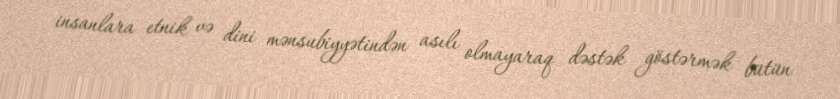
insanlara etnik və dini mənsubiyyətindən asılı olmayaraq dəstək göstərmək bütün